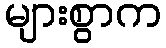
များစွာက